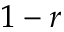
1 - r